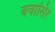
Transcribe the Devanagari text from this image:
बवासिर